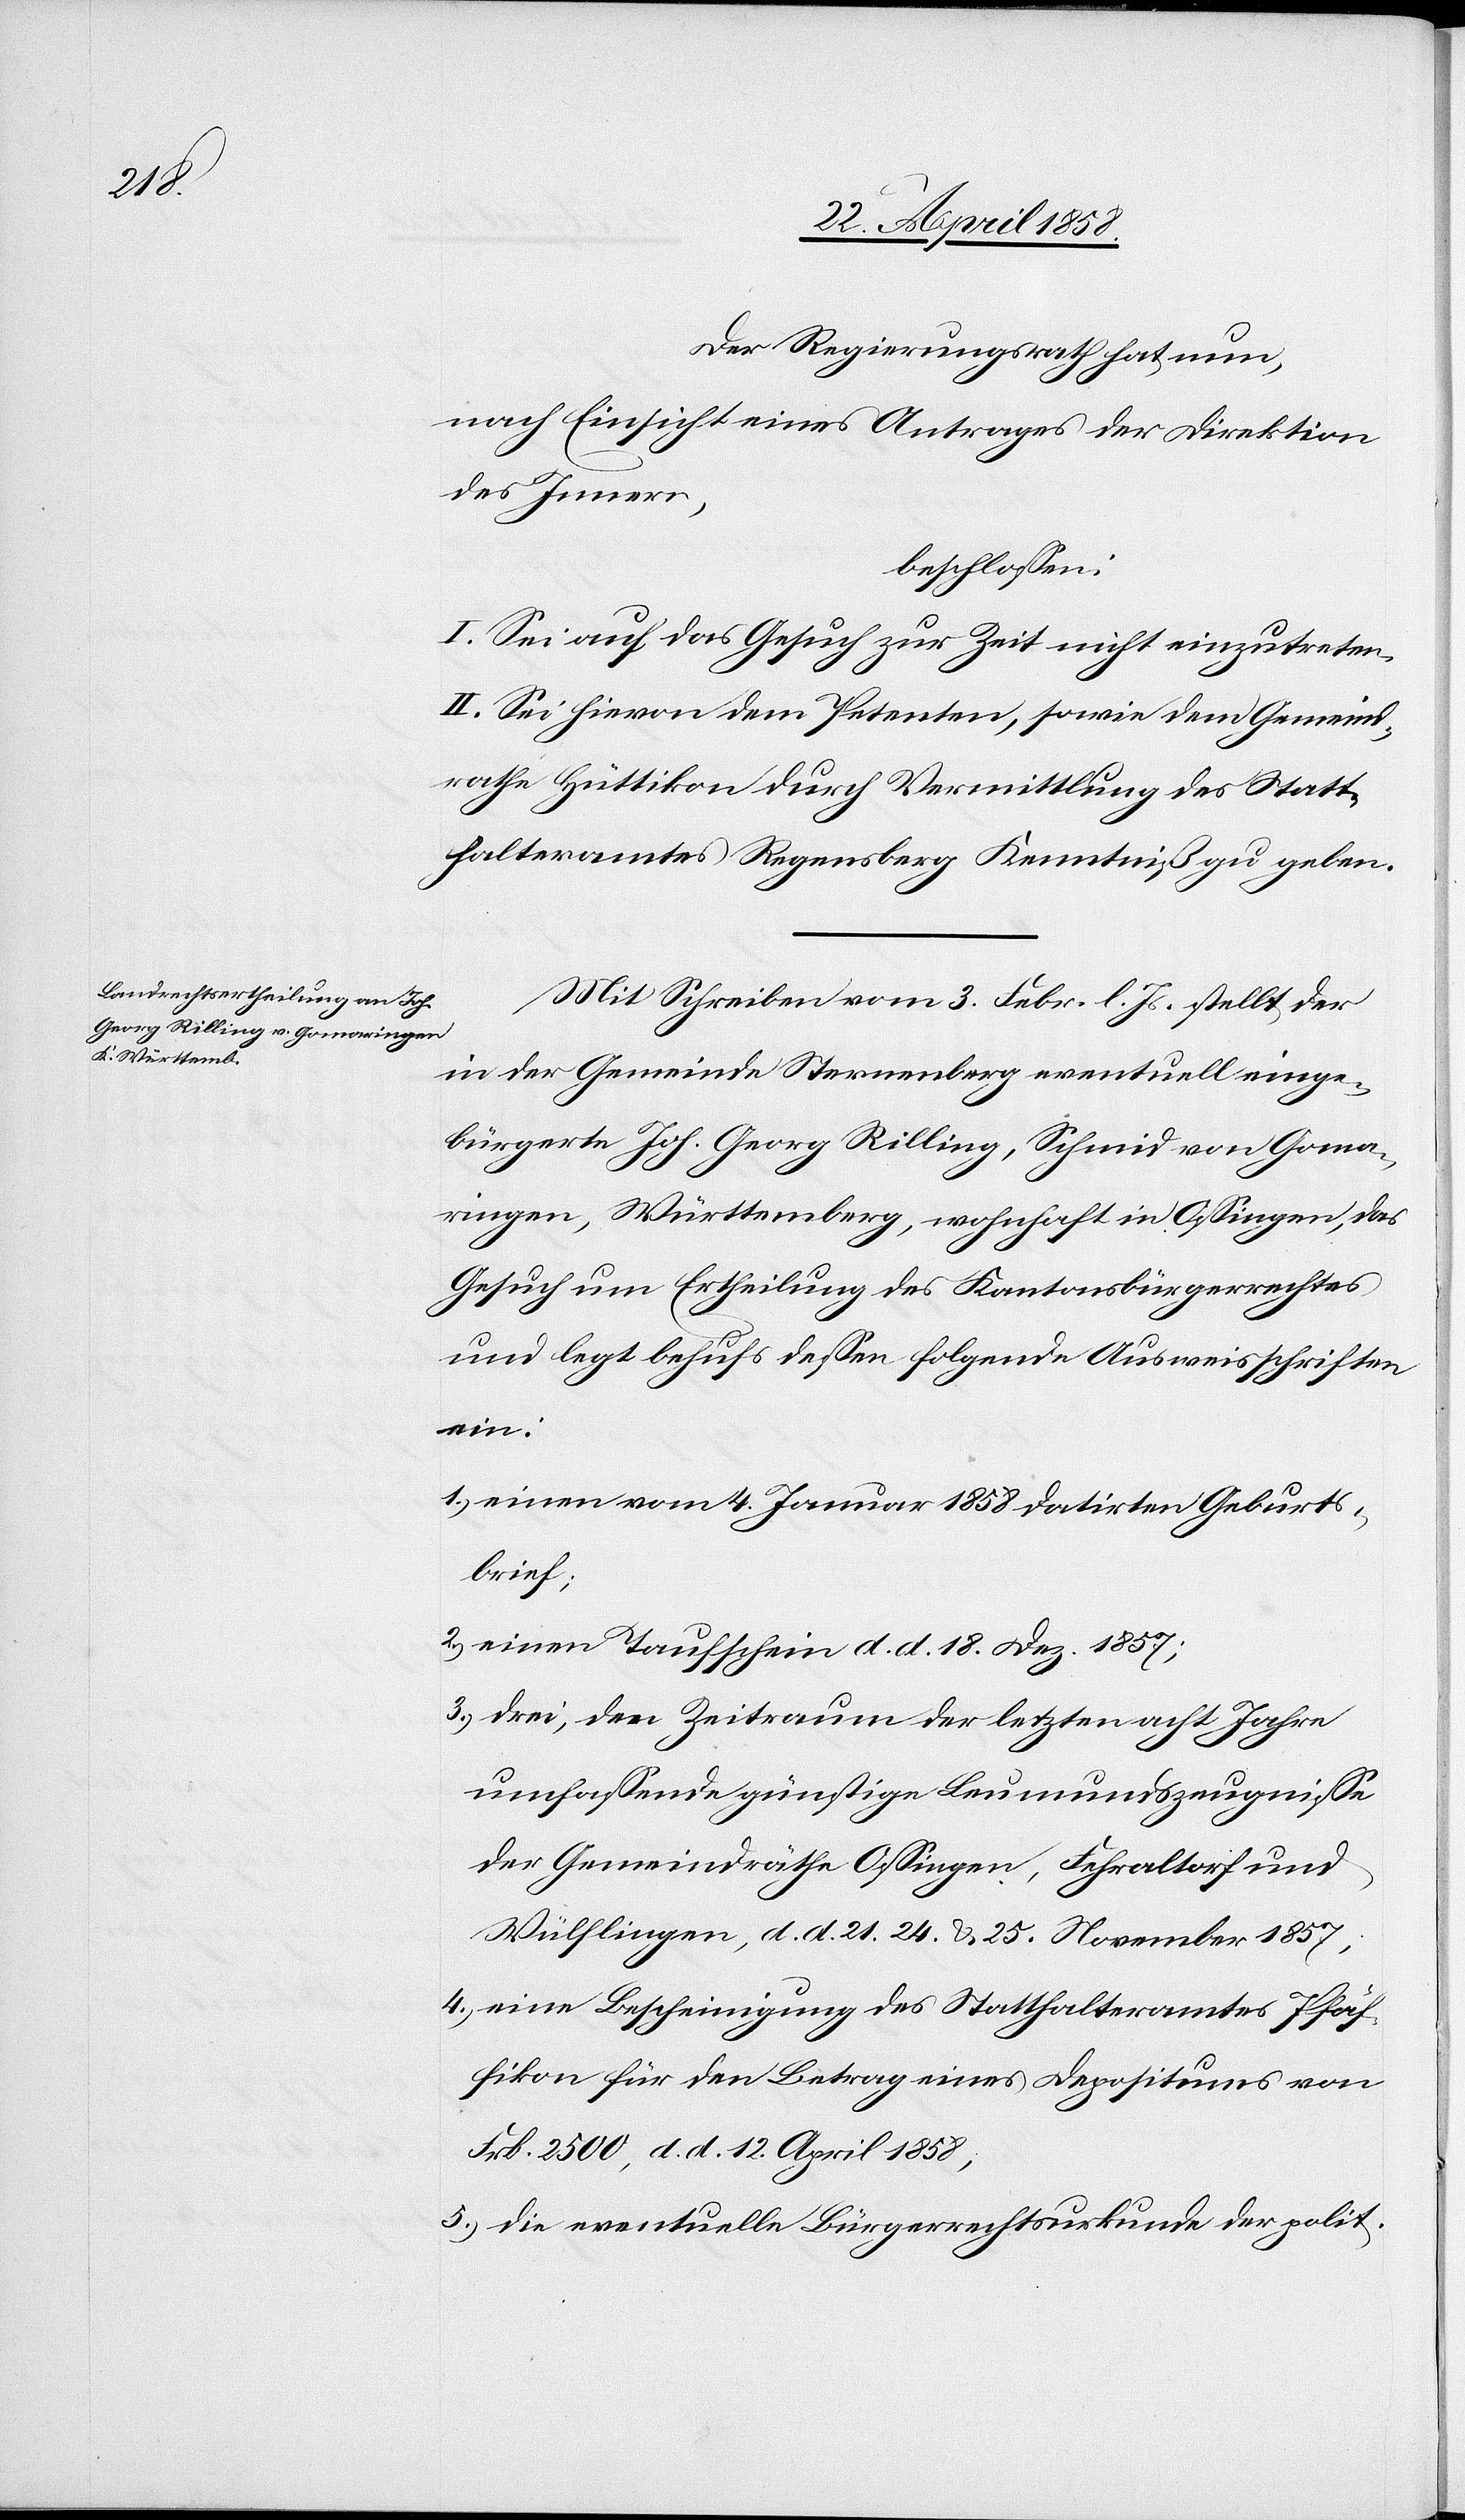
Der Regierungsrath hat nun,
nach Einsicht eines Antrages der Direktion
des Innern,
beschlossen:
I. Sei auf das Gesuch zur Zeit nicht einzutreten.
II. Sei hievon dem Petenten, sowie dem Gemeind¬
rathe Hüttikon durch Vermittlung des Statt¬
halteramtes Regensberg Kenntniß zu geben.
Mit Schreiben vom 3. Febr. l. Js. stellt der
in der Gemeinde Sternenberg eventuell einge¬
bürgerte Joh. Georg Rilling, Schmid von Goma¬
ringen, Württemberg, wohnhaft in Ossingen, das
Gesuch um Ertheilung des Kantonsbürgerrechtes
und legt behufs dessen folgende Ausweisschriften
ein:
1) einen vom 4. Januar 1858 datirten Geburts¬
brief;
2) einen Taufschein d. d. 18. Dez. 1857;
3) drei, den Zeitraum der letzten acht Jahre
umfassende günstige Leumundszeugnisse
der Gemeindräthe Ossingen, Fehraltorf und
Wülflingen, d. d. 21. 24. u. 25. November 1857,
4) eine Bescheinigung des Statthalteramtes Pfäf¬
fikon für den Betrag eines Depositums von
Frk. 2500, d. d. 12. April 1858;
5) die eventuelle Bürgerrechtsurkunde der polit.